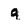
Character: q